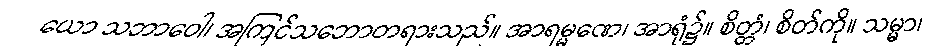
ယော သဘာဝေါ၊ အကြင်သဘောတရားသည်။ အာရမ္မဏေ၊ အာရုံ၌။ စိတ္တံ၊ စိတ်ကို။ သမ္မာ၊